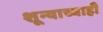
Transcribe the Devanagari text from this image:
शून्याच्याही